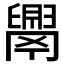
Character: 𦦝